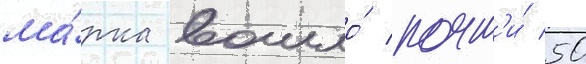
ма́рка вошло́ почт'и́ 50